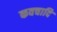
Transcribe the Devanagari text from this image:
कवचादि